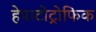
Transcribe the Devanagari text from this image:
हेपाटोट्रोफिक